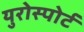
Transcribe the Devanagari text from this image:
युरोस्पोर्ट